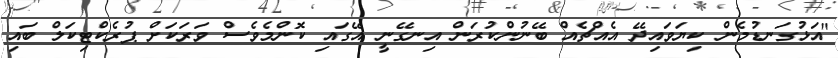
"އަޅުގަނޑުމެން ކިޔަވައިދޭ އެއްޗެއް ބޭނުންކުރަން އިނގޭނީ އޭގައި ކޮންމެވެސް ވަރަކަށް ޕުރެކްޓިކަލް ބައި